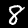
Label: 8